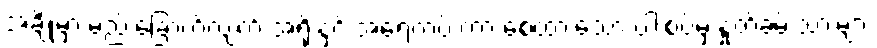
အချို့မှာ မည်းခြောက်လျက် အရိုးနှင့် အရေကပ် ကာ စေ့ထားသော ပါးစပ်မှ နှုတ်ခမ်းသားများ